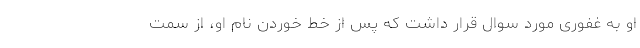
او به غفوری مورد سوال قرار داشت که پس از خط خوردن نام او، از سمت